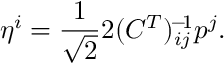
\eta ^ { i } = \frac { 1 } { \sqrt { 2 } } 2 ( C ^ { T } ) _ { i j } ^ { \! - \! 1 } p ^ { j } .